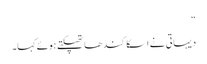
“
دیہاتی نے اسکا کندھا تھپکتے ہوئے کہا۔